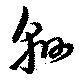
緜